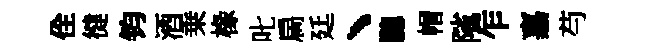
佺徤钧酒乗椽叱扄廷丶驄帽隲乍嘉芍